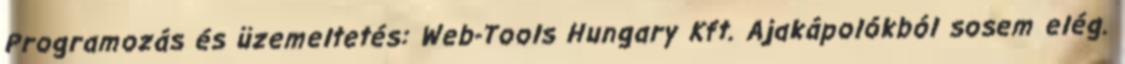
Programozás és üzemeltetés: Web-Tools Hungary Kft. Ajakápolókból sosem elég.